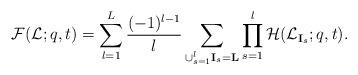
LaTeX: \begin{align*}\mathcal{F}(\mathcal{L};q,t)=\sum_{l=1}^L\frac{(-1)^{l-1}}{l}\sum_{\cup_{s=1}^l\mathbf{I}_s=\mathbf{L}}\prod_{s=1}^l\mathcal{H}(\mathcal{L}_{\mathbf{I}_s};q,t).\end{align*}